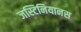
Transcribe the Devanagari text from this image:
जस्टिनियानस